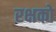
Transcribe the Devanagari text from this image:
रक्षको